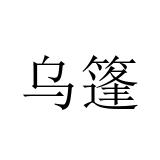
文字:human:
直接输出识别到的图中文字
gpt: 乌篷